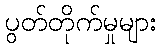
ပွတ်တိုက်မှုများ